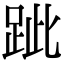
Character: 跐